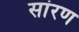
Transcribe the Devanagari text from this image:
सांरण